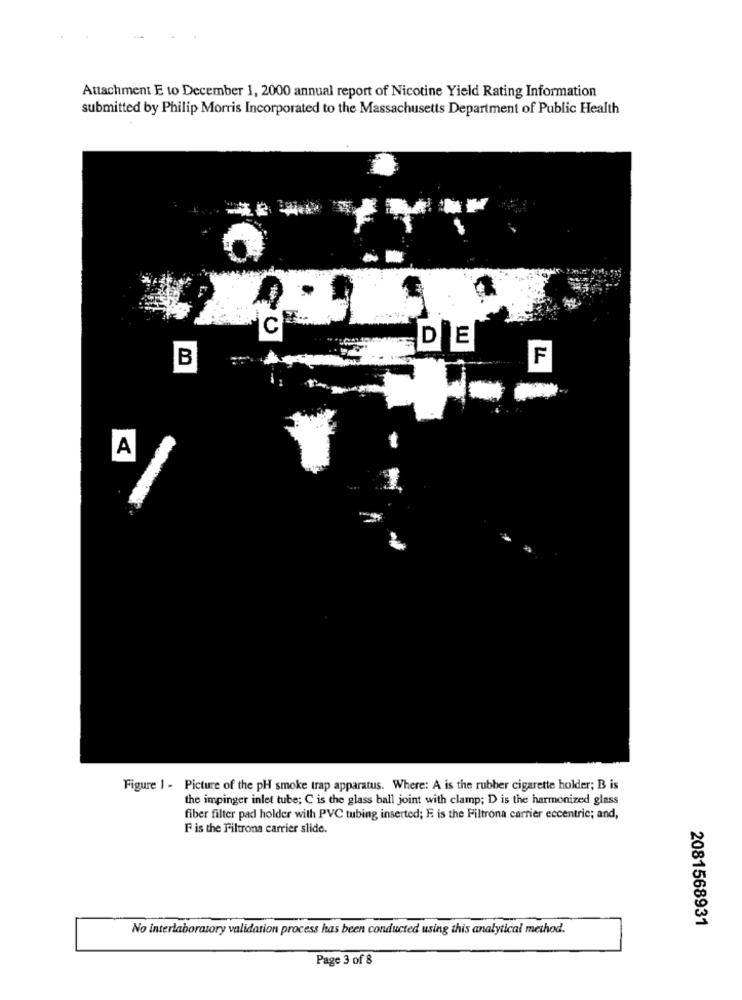
Attachment E to December 1, 2000 annual report of Nicotine Yield Rating Information
submitted by Philip Morris Incorporated to the Massachusetts Department of Public Health
C
D
E
B
F
A
Figure 1 - Picture of the pH smoke trap apparatus. Where: A is the rubber cigarette holder; B is
the impinger inlet tube; C is the glass ball joint with clamp; D is the harmonized glass
fiber filter pad holder with PVC tubing inserted; E is the Filtrona carrier eccentric; and,
F is the Filtrona carrier slide.
2081568931
No interlaboratory validation process has been conducted using this analytical method.
Page 3 of 8